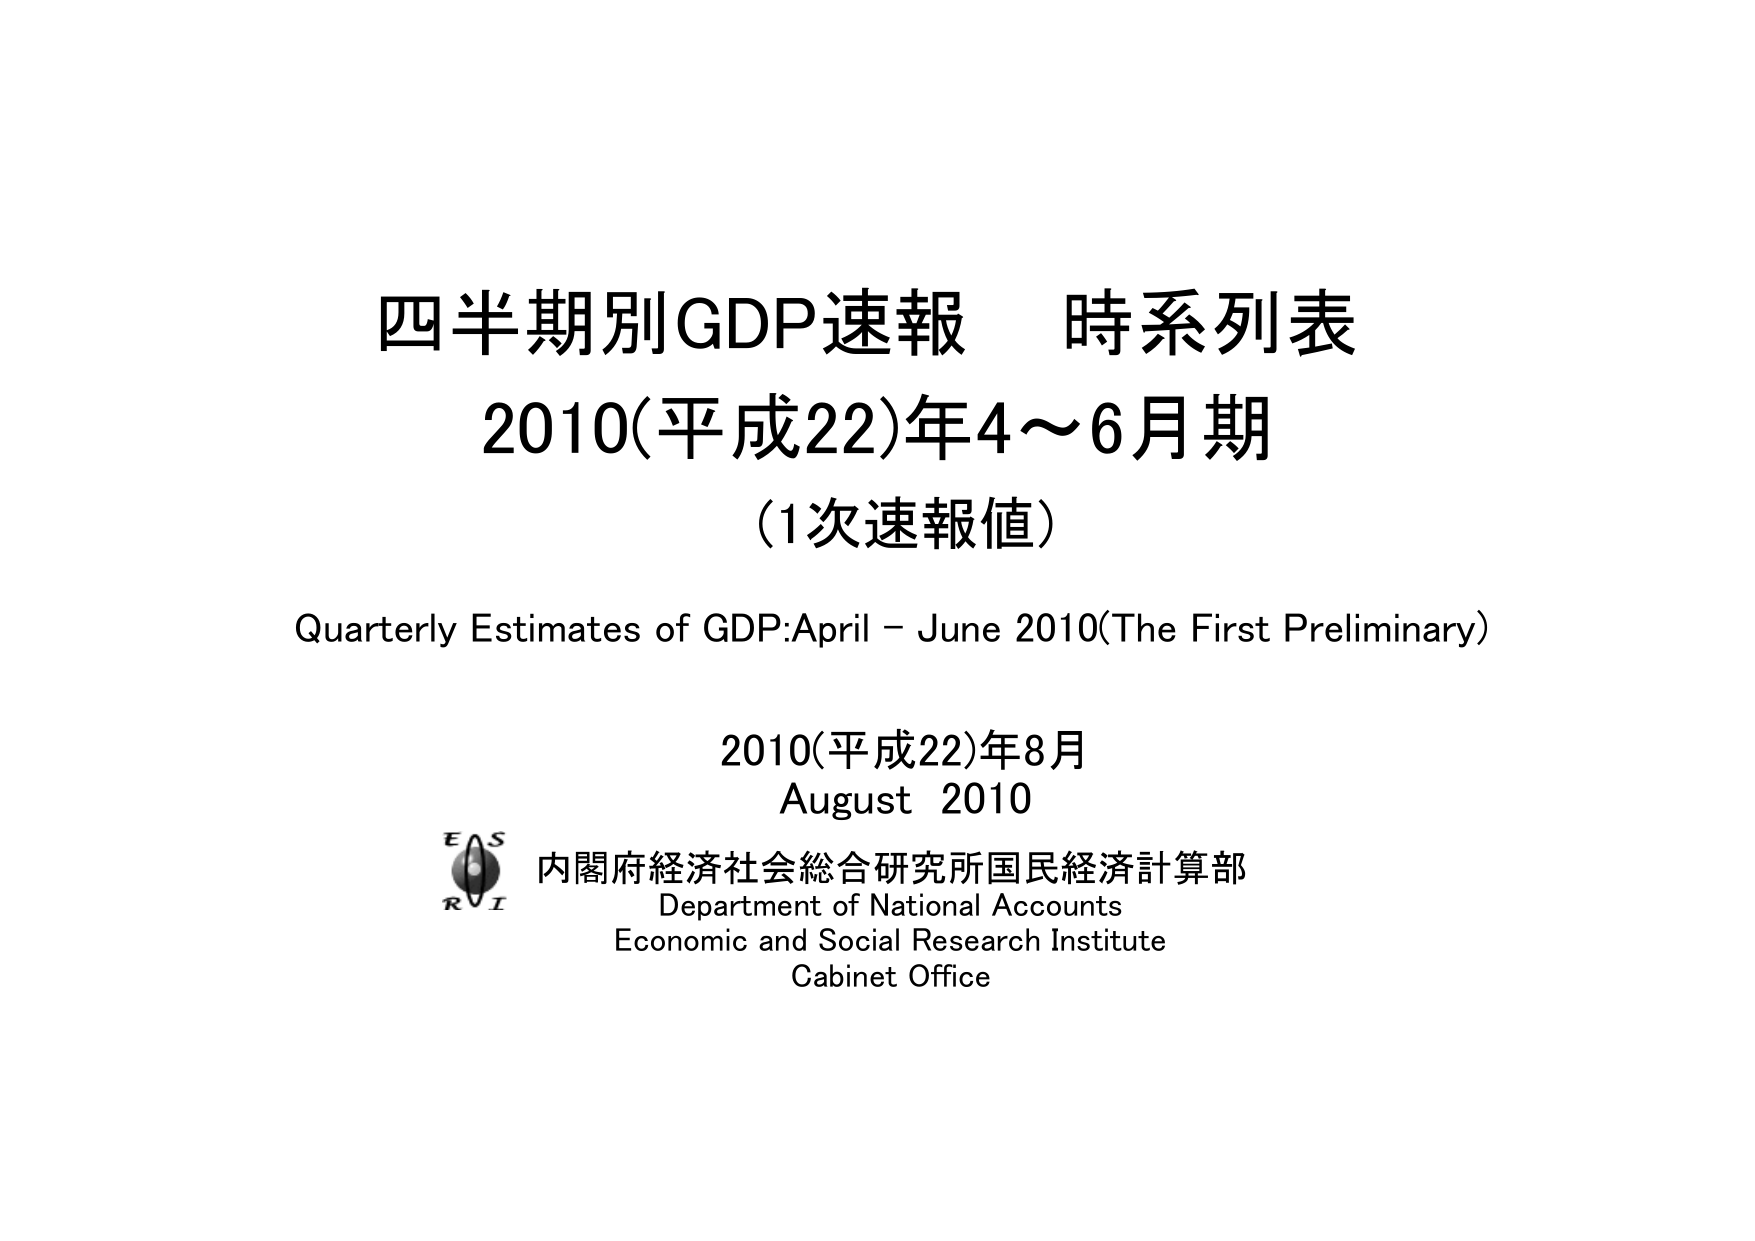
四半期別GDP速報 時系列表
2010(平成22)年4～6月期
(1次速報値)
Quarterly Estimates of GDP: April – June 2010 (The First Preliminary)
2010(平成22)年8月
August 2010
E S
R I
内閣府経済社会総合研究所国民経済計算部
Department of National Accounts
Economic and Social Research Institute
Cabinet Office